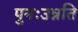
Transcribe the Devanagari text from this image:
पुनःउन्नति